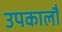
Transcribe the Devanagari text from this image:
उपकालौं